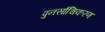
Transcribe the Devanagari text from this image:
पुनर्साचिकरण